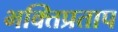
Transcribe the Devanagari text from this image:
भक्तिप्रताप